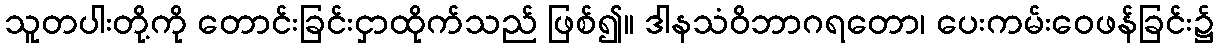
သူတပါးတို့ကို တောင်းခြင်းငှာထိုက်သည် ဖြစ်၍။ ဒါနသံဝိဘာဂရတော၊ ပေးကမ်းဝေဖန်ခြင်း၌